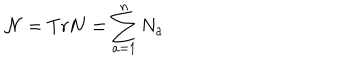
\mathcal { N } = T r \mathbf { N = } \sum _ { a = 1 } ^ { n } N _ { a }